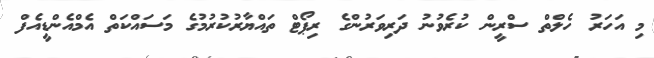
މި އަހަރު ހެލްތް ސްރީން ކުރެވުނު ދަރިވަރުންގެ ރިޕޯޓް ތައްޔާރުކުރުމުގެ މަސައްކަތް އެމްއެންޑީއެފް